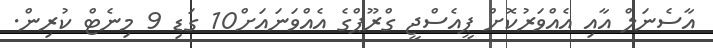
އާސެނަލް އާއި އެއްވަރުކޮށް ޕީއެސްޖީ ގްރޫޕްގެ އެއްވަނައަށް10 ގަޑި 9 މިނެޓް ކުރިން.